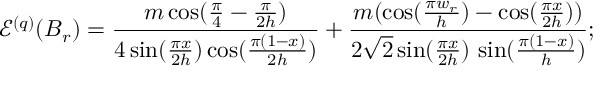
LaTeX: \mathcal { E } ^ { ( q ) } ( B _ { r } ) = \frac { m \cos ( \frac { \pi } { 4 } - \frac { \pi } { 2 h } ) } { 4 \sin ( \frac { \pi x } { 2 h } ) \cos ( \frac { \pi ( 1 - x ) } { 2 h } ) } + \frac { m ( \cos ( \frac { \pi w _ { r } } { h } ) - \cos ( \frac { \pi x } { 2 h } ) ) } { 2 \sqrt { 2 } \sin ( \frac { \pi x } { 2 h } ) \, \sin ( \frac { \pi ( 1 - x ) } { h } ) } ;